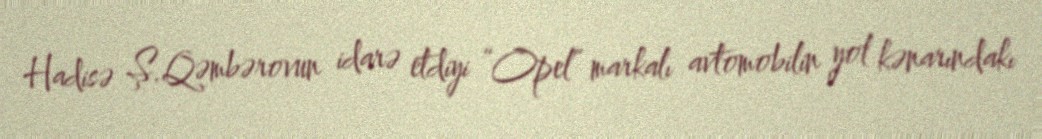
Hadisə Ş.Qəmbərovun idarə etdiyi “Opel” markalı avtomobilin yol kənarındakı